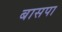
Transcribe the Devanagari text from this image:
बासपा